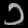
Digit: ၁